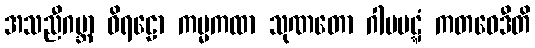
အသညီဂဗ္ဘာ ဝိရဠော ကမ္မကထာ သုဏတော ဂါမပဋ္ဋံ ကတဝေဒီတိ